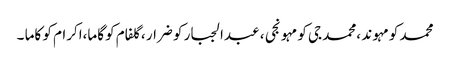
محمد کو مہوند ،محمد جی کو مہونجی ، عبدالجبار کو ضرار ،گلفام کو گاما،اکرام کو کاما ۔